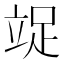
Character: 䇍